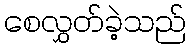
စေလွှတ်ခဲ့သည်